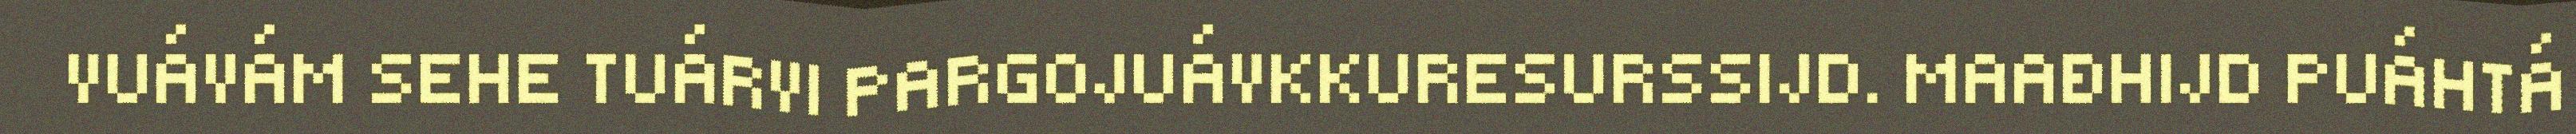
VUÁVÁM SEHE TUÁRVI PARGOJUÁVKKURESURSSIJD. MAAĐHIJD PUÁHTÁ